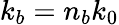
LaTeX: k_{b}=n_{b}k_{0}